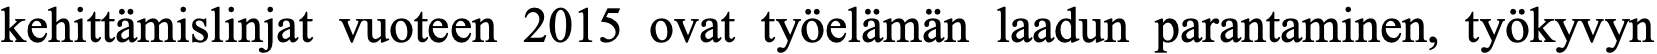
kehittämislinjat vuoteen 2015 ovat työelämän laadun parantaminen, työkyvyn